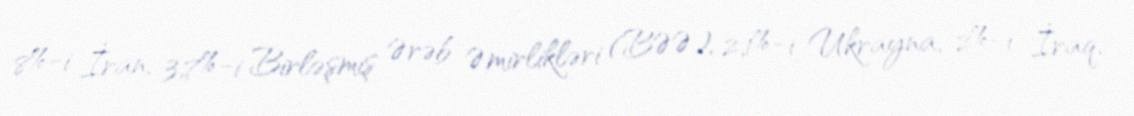
8%-i İran, 3,7%-i Birləşmiş Ərəb Əmirlikləri (BƏƏ), 2,1%-i Ukrayna, 2%-i İraq,